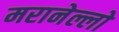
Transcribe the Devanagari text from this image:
मरानेल्लो